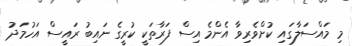
މި މައްސަލާގައި ކުށްވެރިވާ އެންމެ އިސް ފަރާތަކީ ކުރީގެ ނައިބު ރައީސް އަހުމަދު